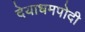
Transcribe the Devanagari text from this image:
देयाधमपोदी